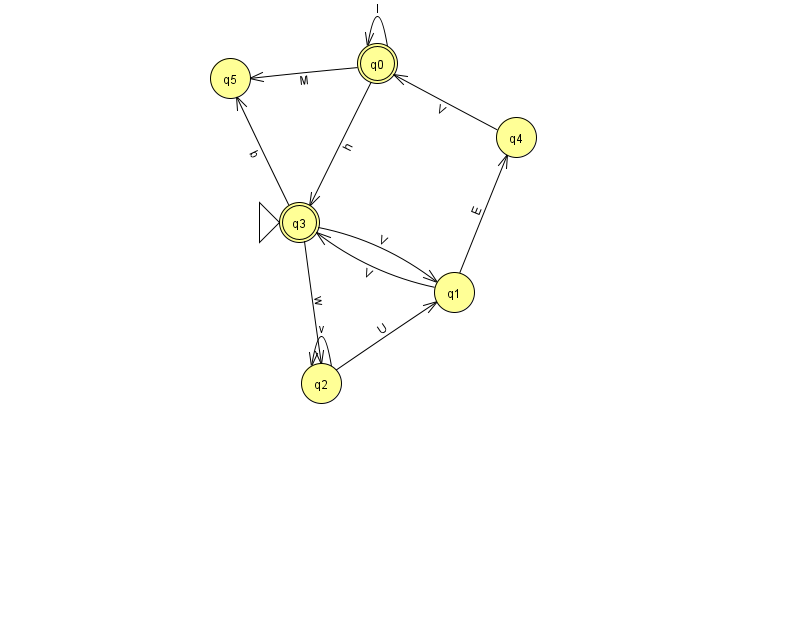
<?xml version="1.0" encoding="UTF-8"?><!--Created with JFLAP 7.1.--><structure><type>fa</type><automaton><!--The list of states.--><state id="0" name="q0"><x>377.0</x><y>50.0</y><final/></state><state id="1" name="q1"><x>454.0</x><y>279.0</y></state><state id="2" name="q2"><x>321.0</x><y>370.0</y></state><state id="3" name="q3"><x>299.0</x><y>209.0</y><initial/><final/></state><state id="4" name="q4"><x>516.0</x><y>124.0</y></state><state id="5" name="q5"><x>230.0</x><y>65.0</y></state><!--The list of transitions.--><transition><from>3</from><to>5</to><read>b</read></transition><transition><from>4</from><to>0</to><read>V</read></transition><transition><from>2</from><to>1</to><read>U</read></transition><transition><from>2</from><to>2</to><read>v</read></transition><transition><from>3</from><to>2</to><read>w</read></transition><transition><from>0</from><to>0</to><read>I</read></transition><transition><from>1</from><to>3</to><read>V</read></transition><transition><from>3</from><to>1</to><read>V</read></transition><transition><from>0</from><to>3</to><read>h</read></transition><transition><from>0</from><to>5</to><read>M</read></transition><transition><from>1</from><to>4</to><read>E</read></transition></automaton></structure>